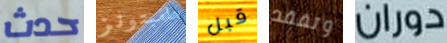
حدث هامبتونز قبل وتفقد دوران